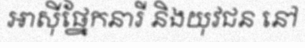
អាស៊ីផ្នែកនារី និងយុវជន នៅ